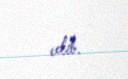
edib.